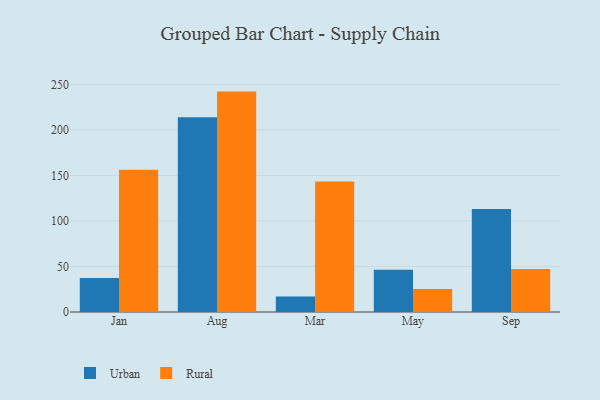
{"axis": {"x": "Month", "y": "Satisfaction Score"}, "legend": ["Rural", "Urban"], "data": [{"x": "Jan", "y": 37.4, "type": "Urban"}, {"x": "Jan", "y": 156.2, "type": "Rural"}, {"x": "Aug", "y": 213.9, "type": "Urban"}, {"x": "Aug", "y": 242.1, "type": "Rural"}, {"x": "Mar", "y": 16.9, "type": "Urban"}, {"x": "Mar", "y": 143.3, "type": "Rural"}, {"x": "May", "y": 46.5, "type": "Urban"}, {"x": "May", "y": 25.3, "type": "Rural"}, {"x": "Sep", "y": 113.2, "type": "Urban"}, {"x": "Sep", "y": 47.3, "type": "Rural"}]}